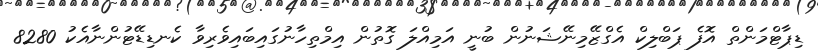
ޑިޕާޓްމަންތް އޮފެ ޕަބްލިކް އެގްޒޭމިނޭޝަނުން ބުނީ އަމިއްލަ ގޮތުން އިމްތިހާނުގައިބައިވެރިވާ ކެނޑިޑޭޓުންނާއެކު 8280